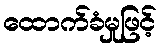
ထောက်ခံမှုဖြင့်